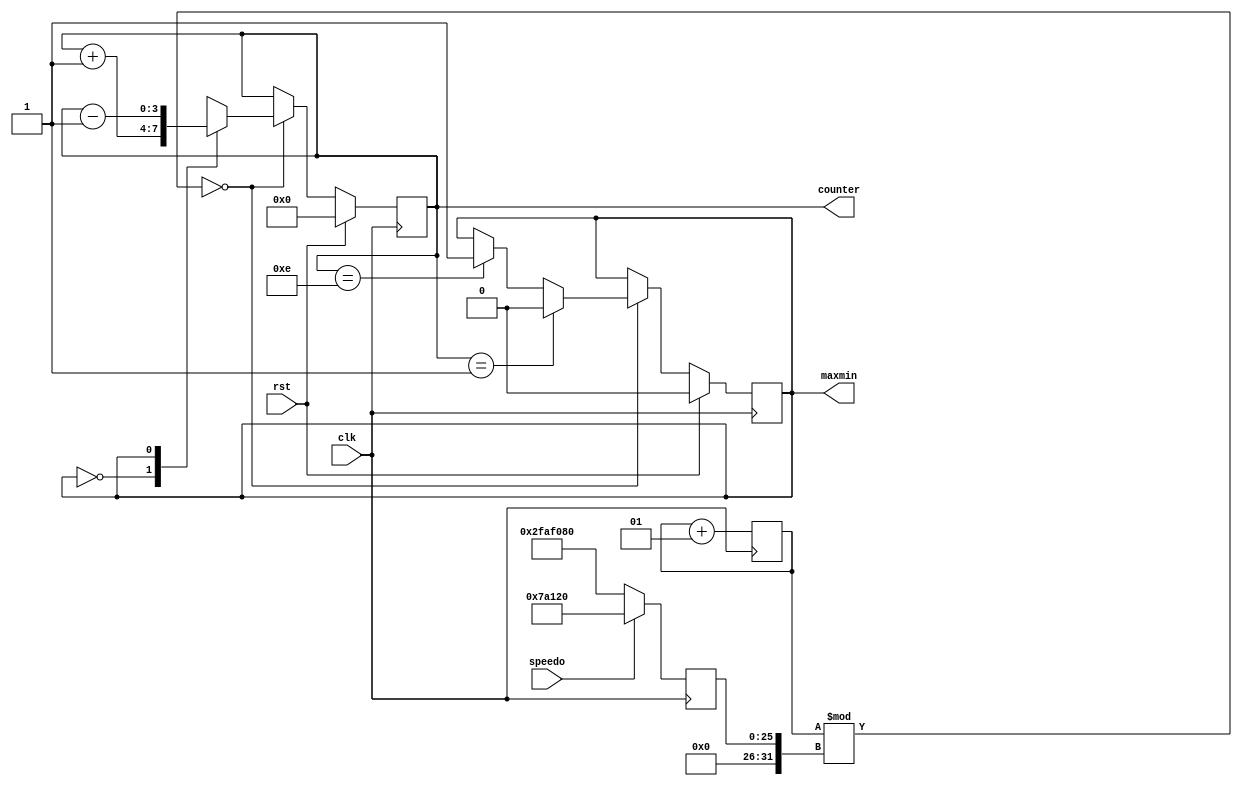
`timescale 1ns / 1ps

module hw1_q4a(
    input clk,rst,
    input speedo, 
    output reg [3:0] counter = 0,
    output reg maxmin = 0
    );
    integer divider=0;
    integer bignumber = 0;
always @(posedge clk) begin
    divider <= divider +1;
    if (speedo==1) bignumber <= 500000;
    else if (speedo==0) bignumber <= 50000000;
    if (rst)begin
        counter <= 0;
        maxmin <= 0;
    end
    else if (divider % bignumber == 0)begin
        if (counter == 4'b0001) begin
            maxmin <= 0;
        end 
        else if (counter == 4'b1110) begin
            maxmin <= 1;
        end
        case(maxmin)
            1'b0: begin
                counter <= counter+1;
            end
            1'b1: begin
                counter <= counter-1;
            end
        endcase
        
    end        
end
endmodule